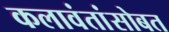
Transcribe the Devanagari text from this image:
कलावंतांसोबत